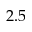
2 . 5